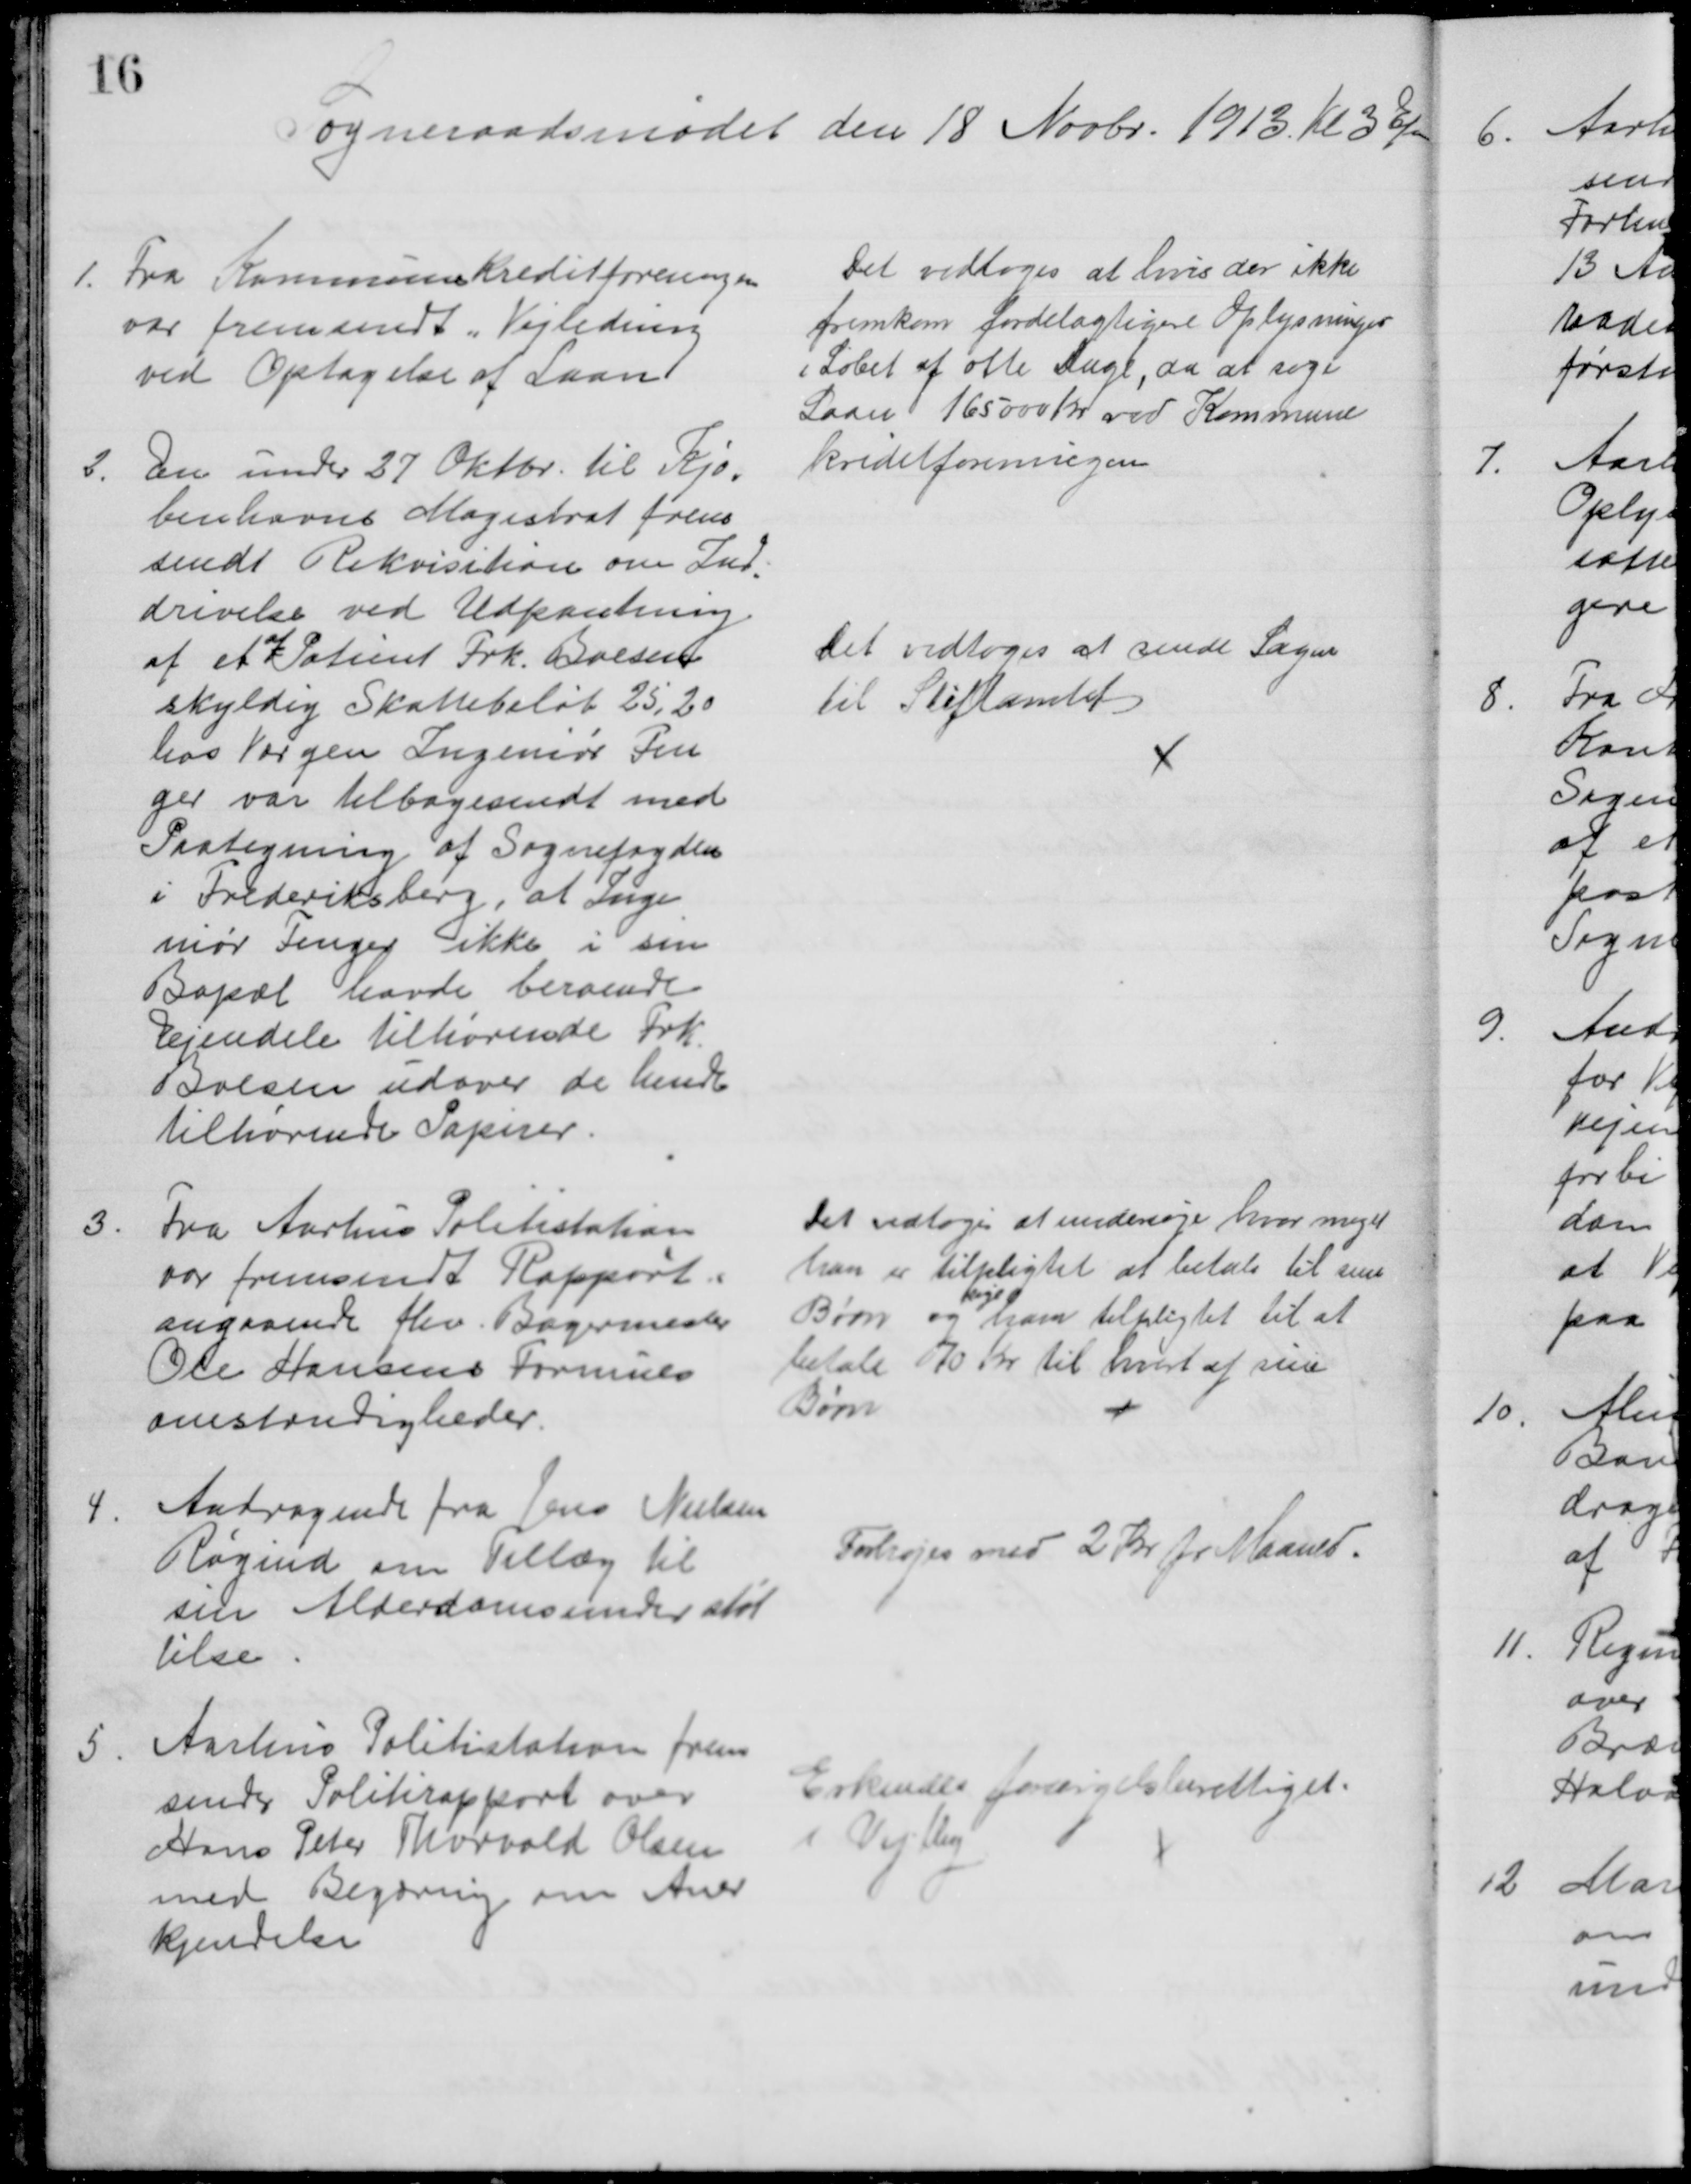
Transskription:
Sogneraadsmødet den 18 Novbr. 1913. Kl. 3 Efm
1.
Fra KommuneKreditforeningen
var fremsendt „Vejledning
ved Optagelse af Laan
Det vedtoges at hvis der ikke
fremkom fordelagtigere Oplysninger
i Løbet af otte Dage, da at søge
Laan 165000 Kr ved Kommune
kreditforeningen
2. 
Den under 27 Oktbr. til Kjø=
benhavns Magistrat frem
sendt Rekvisition om Ind
=
drivelse ved Udpantning
af et 
af
Patient Frk. Boesen
skyldig Skattebeløb 25,20
hos Værgen Ingeniør Fen
ger var tilbagesendt med
Paategning af Sognefogden
i Frederiksberg, at Inge
niør Fenger ikke i sin
Bopæl havde beroende
Ejendele tilhørende Frk.
Boesen udover de hende 
tilhørende Papirer.
Det vedtoges at sende Sagen
til Stiftamtet
3.
Fra Aarhus Politistation
var fremsendt Rapport
angaaende fhv. Bagermester
Ole Hansens Formues
omstændigheder.
Det vedtoges at undersøge hvor meget 
han er tilpligtet at betale til sine
Børn og 
søge
ham tilpligtet til at
betale 70 Kr til hvert af sine
Børn
4.
Andragende fra Jens Nielsen
Røgind om Tillæg til
sin Alderdomsunderstøt
telse
Forhøjes med 2 Kr pr Maaned.
5.
Aarhus Politistation frem
sender Politirapport over
Hans Peter Thorvald Olsen
med Begæring om Aner
kjendelse
Erkendes forsørgelsberettiget.
i Vejlby